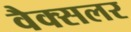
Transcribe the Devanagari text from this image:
वैक्सलर